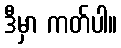
ဒီမှာ ကတ်ပါ။